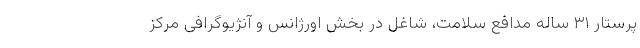
پرستار ۳۱ ساله مدافع سلامت، شاغل در بخش اورژانس و آنژیوگرافی مرکز